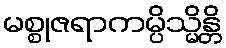
မစ္စုဇရာကမ္ပိသ္မိန္တိ